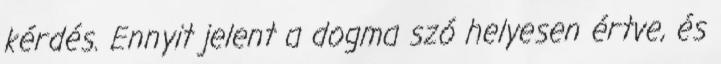
kérdés. Ennyit jelent a dogma szó helyesen értve, és